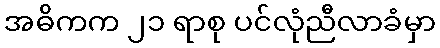
အဓိကက ၂၁ ရာစု ပင်လုံညီလာခံမှာ